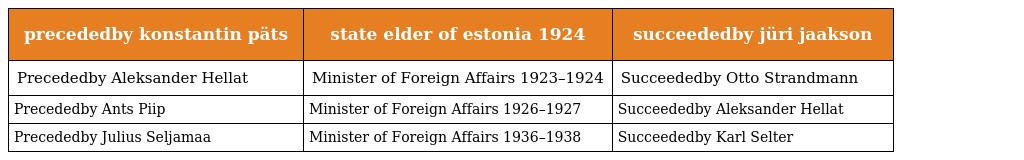
| precededby konstantin päts | state elder of estonia 1924 | succeededby jüri jaakson |
 | --- | --- | --- |
 | Precededby Aleksander Hellat | Minister of Foreign Affairs 1923–1924 | Succeededby Otto Strandmann |
 | Precededby Ants Piip | Minister of Foreign Affairs 1926–1927 | Succeededby Aleksander Hellat |
 | Precededby Julius Seljamaa | Minister of Foreign Affairs 1936–1938 | Succeededby Karl Selter |